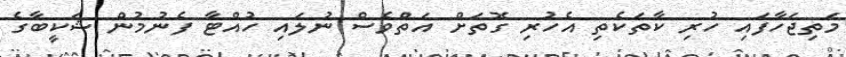
މަތިޖަހާފައި ހުރި ކާތަކެތި އެހުރި ގޮތަށް އަތްވެސް ނުލައި ހުއްޓާ ފެނުމުން ޝަކީބާގެ